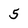
Character: 5